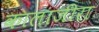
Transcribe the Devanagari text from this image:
कालाजीरा